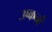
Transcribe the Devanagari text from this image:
उप्कर्नो